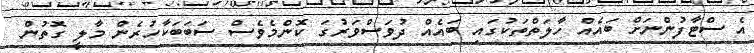
އެ ސްޓާފުންނަށް ބައެއް ހާލަތްތަކުގައި ބައެއް ދުވަސްވަރުގަ ކޮންމެވެސް ސަބަބަކާހުރެން މާލީ ގޮތުން